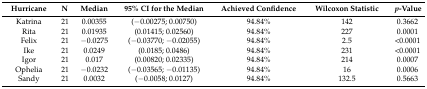
<table><thead><tr><td><b>Hurricane</b></td><td><b>N</b></td><td><b>Median</b></td><td><b>95% CI for the Median</b></td><td><b>Achieved Confidence</b></td><td><b>Wilcoxon Statistic</b></td><td><b><i>p</i>-Value</b></td></tr></thead><tbody><tr><td>Katrina</td><td>21</td><td>0.00355</td><td>(−0.00275; 0.00750)</td><td>94.84%</td><td>142</td><td>0.3662</td></tr><tr><td>Rita</td><td>21</td><td>0.01935</td><td>(0.01415; 0.02560)</td><td>94.84%</td><td>227</td><td>0.0001</td></tr><tr><td>Felix</td><td>21</td><td>−0.0275</td><td>(−0.03770; −0.02055)</td><td>94.84%</td><td>2.5</td><td>&lt;0.0001</td></tr><tr><td>Ike</td><td>21</td><td>0.0249</td><td>(0.0185; 0.0486)</td><td>94.84%</td><td>231</td><td>&lt;0.0001</td></tr><tr><td>Igor</td><td>21</td><td>0.017</td><td>(0.00820; 0.02335)</td><td>94.84%</td><td>214</td><td>0.0007</td></tr><tr><td>Ophelia</td><td>21</td><td>−0.0232</td><td>(−0.03565; −0.01135)</td><td>94.84%</td><td>16</td><td>0.0006</td></tr><tr><td>Sandy</td><td>21</td><td>0.0032</td><td>(−0.0058; 0.0127)</td><td>94.84%</td><td>132.5</td><td>0.5663</td></tr></tbody></table>